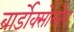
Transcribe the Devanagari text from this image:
बार्डोक्सोलोन